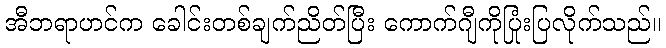
အီဘရာဟင်က ခေါင်းတစ်ချက်ညိတ်ပြီး ကောက်ဂျီကိုပြုံးပြလိုက်သည်။